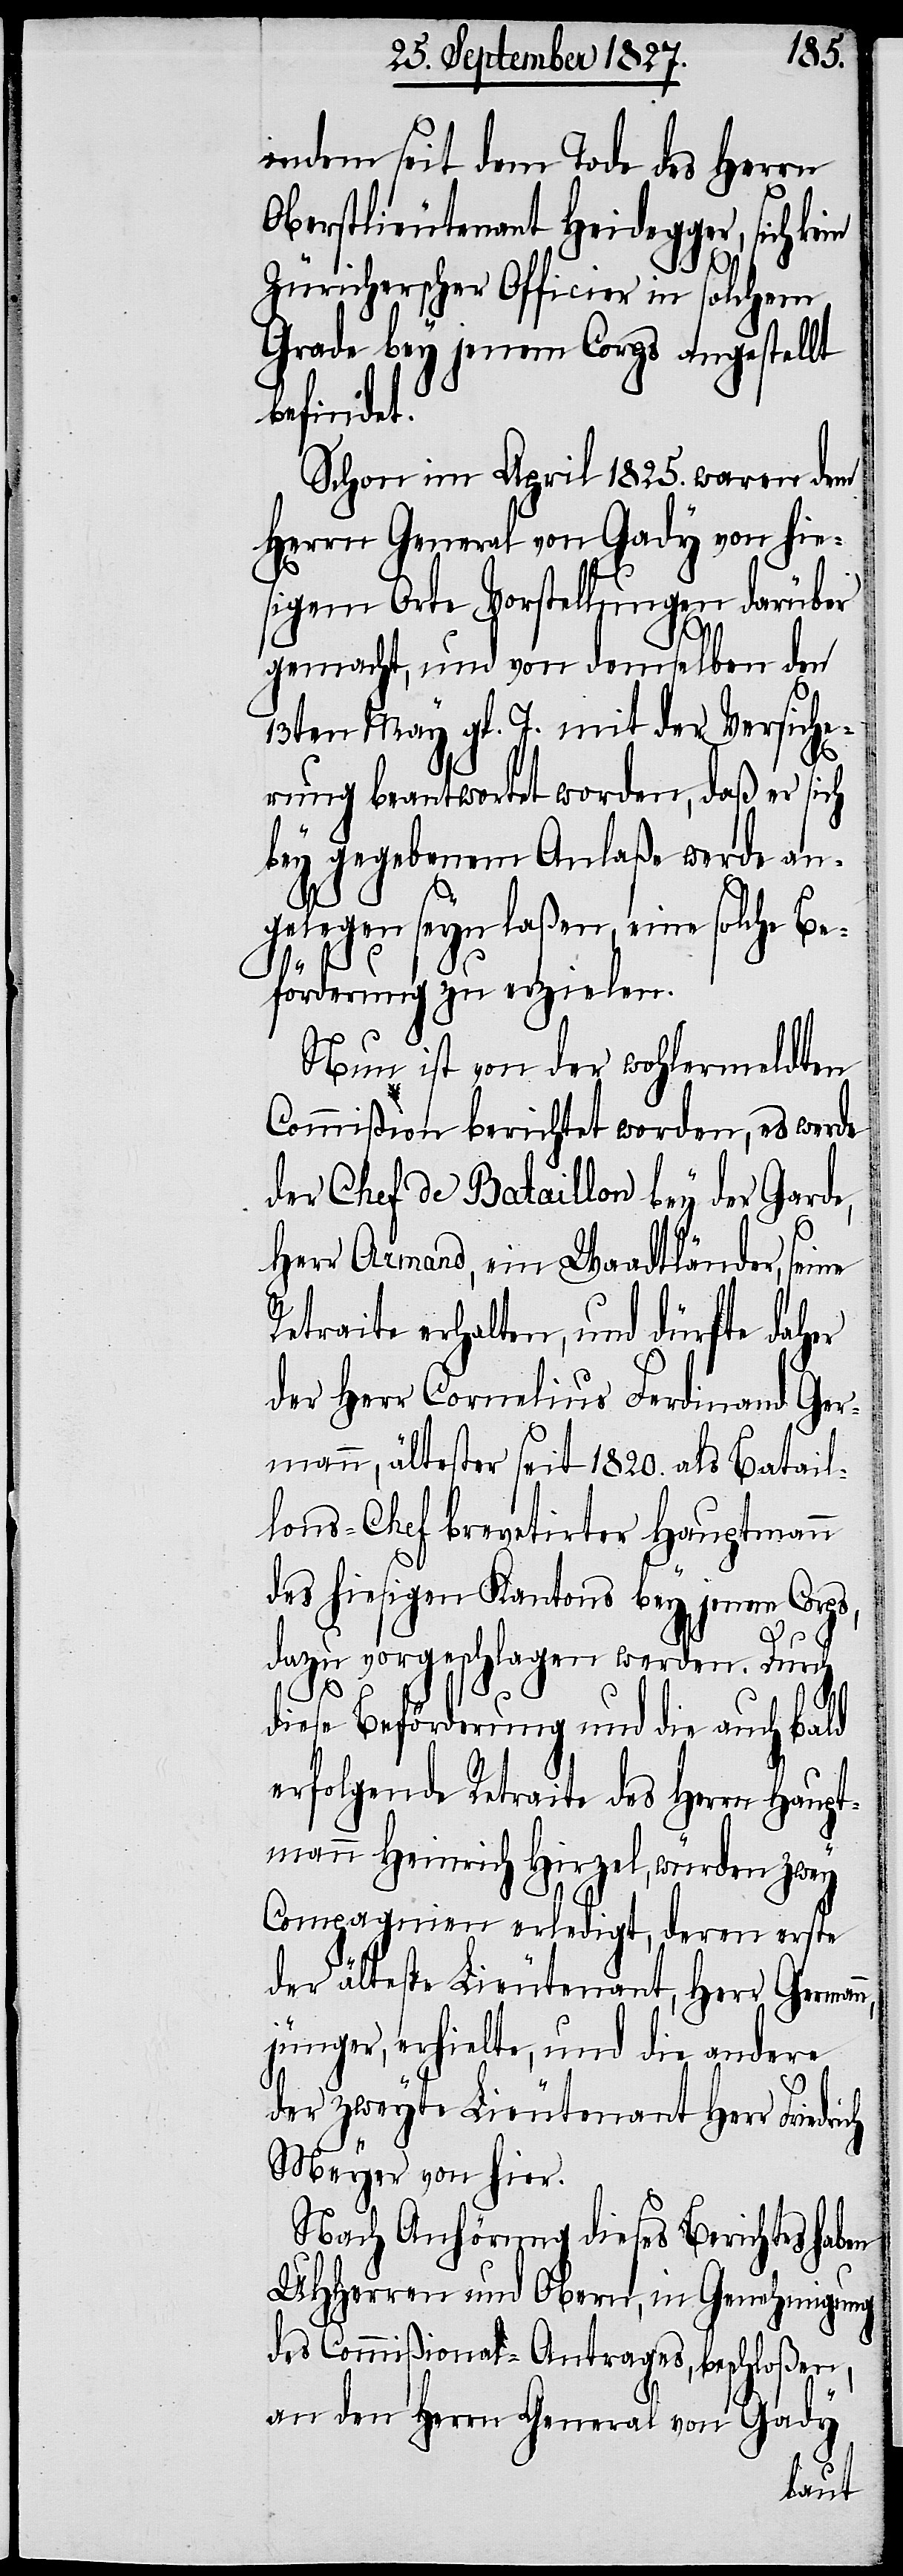
indem seit dem Tode des Herrn
Oberstlieutenant Heidegger, sich ke¬
in
Zürcherischer Officier in solchem
Grade bey jenem Corps angestellt
befindet.
Schon im April 1825. waren dem
Herrn General von Gady von hie¬
sigem Orte Vorstellungen darüber
gemacht, und von demselben den
13ten May gl. J. mit der Versiche¬
rung beantwortet worden, daß er sich
bey gegebenem Anlaße werde an¬
gelegen seyn laßen, eine solche Be¬
förderung zu erzielen.
Nun ist von der wohlermeldten
Commißion berichtet worden, es werde
der Chef de Bataillon bey der Garde,
Herr Armand, ein Waadtländer, seine
Retraite erhalten, und dürfte daher
der Herr Cornelius Ferdinand Ger¬
mann, ältester seit 1820. als Batail¬
lons-Chef brevetirter Hauptmann
des hiesigen Kantons bey jenem Corps,
dazu vorgeschlagen werden. Durch
drich
diese Beförderung und die auch bald
erfolgende Retraite des Herrn Haupt¬
mann Heinrich Hirzel, würden zwey
Compagnien erledigt, deren erste
der älteste Lieutenant, Herr Germann,
jünger, erhielte, und die andere
der zweyte Lieutenant Herr Frie¬
Meyer von hier.
Nach Anhörung dieses Berichts haben
UHHerren und Obern, in Genehmigung
des Commißional-Antrages, beschloßen,
an den Herrn General von Gady